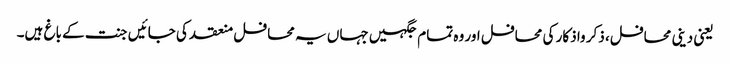
یعنی دینی محافل، ذکر واذکار کی محافل اور وہ تمام جگہیں جہاں یہ محافل منعقد کی جائیں جنت کے باغ ہیں۔